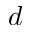
d